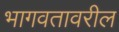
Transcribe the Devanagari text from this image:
भागवतावरील